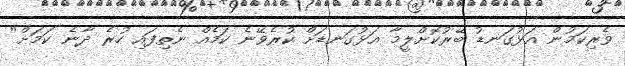
ވެރިކަމުން އަޅުގަނޑު ބޭރުކޮށްލީމާ އަޅުގަނޑަށް ކުރެވޭނެ ކަމެއް ނެތިފައި ހުރެ ދާނެ ކަމަށް"